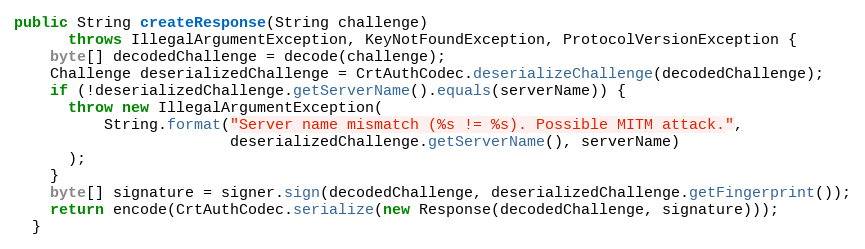
Language: Java
public String createResponse(String challenge)
      throws IllegalArgumentException, KeyNotFoundException, ProtocolVersionException {
    byte[] decodedChallenge = decode(challenge);
    Challenge deserializedChallenge = CrtAuthCodec.deserializeChallenge(decodedChallenge);
    if (!deserializedChallenge.getServerName().equals(serverName)) {
      throw new IllegalArgumentException(
          String.format("Server name mismatch (%s != %s). Possible MITM attack.",
                        deserializedChallenge.getServerName(), serverName)
      );
    }
    byte[] signature = signer.sign(decodedChallenge, deserializedChallenge.getFingerprint());
    return encode(CrtAuthCodec.serialize(new Response(decodedChallenge, signature)));
  }